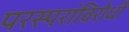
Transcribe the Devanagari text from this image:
परस्परांविरोधी